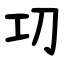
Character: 㓛